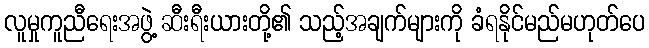
လူမှုကူညီရေးအဖွဲ့ ဆီးရီးယားတို့၏ သည့်အချက်များကို ခံရနိုင်မည်မဟုတ်ပေ